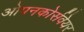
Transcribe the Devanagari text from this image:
ओपनकोर्सवेयर